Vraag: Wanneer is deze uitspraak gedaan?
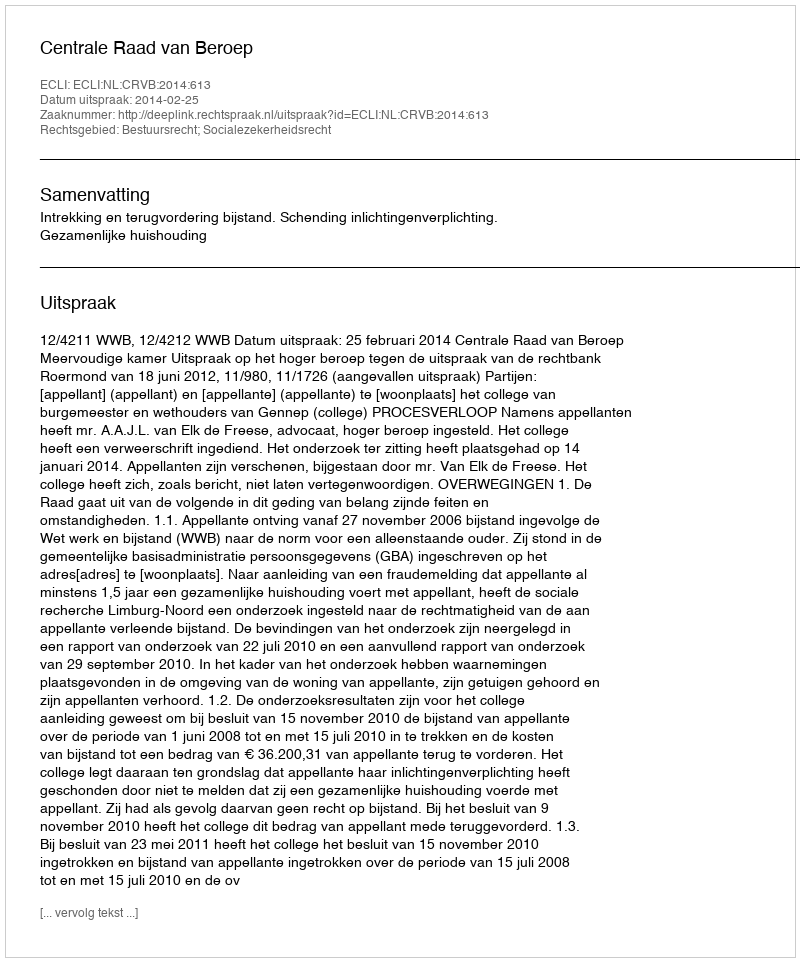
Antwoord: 2014-02-25